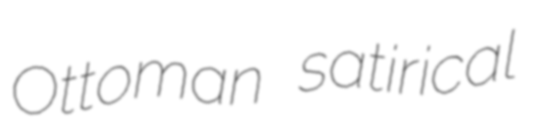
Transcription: Ottoman satirical